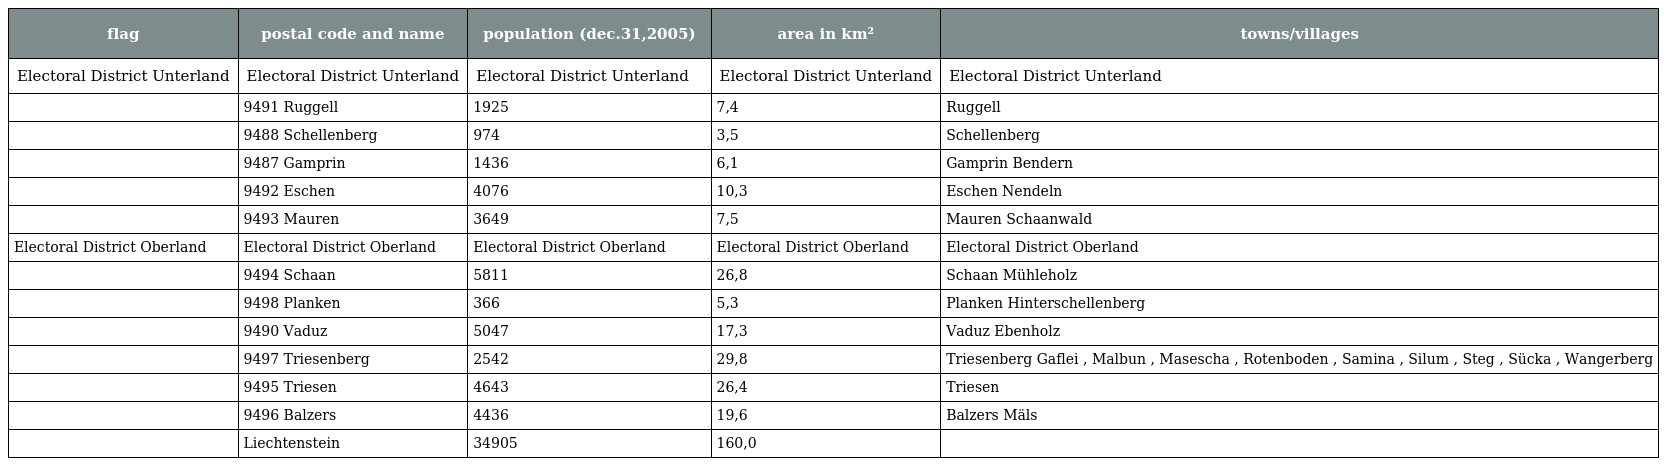
| flag | postal code and name | population (dec.31,2005) | area in km² | towns/villages |
 | --- | --- | --- | --- | --- |
 | Electoral District Unterland | Electoral District Unterland | Electoral District Unterland | Electoral District Unterland | Electoral District Unterland |
 |  | 9491 Ruggell | 1925 | 7,4 | Ruggell |
 |  | 9488 Schellenberg | 974 | 3,5 | Schellenberg |
 |  | 9487 Gamprin | 1436 | 6,1 | Gamprin Bendern |
 |  | 9492 Eschen | 4076 | 10,3 | Eschen Nendeln |
 |  | 9493 Mauren | 3649 | 7,5 | Mauren Schaanwald |
 | Electoral District Oberland | Electoral District Oberland | Electoral District Oberland | Electoral District Oberland | Electoral District Oberland |
 |  | 9494 Schaan | 5811 | 26,8 | Schaan Mühleholz |
 |  | 9498 Planken | 366 | 5,3 | Planken Hinterschellenberg |
 |  | 9490 Vaduz | 5047 | 17,3 | Vaduz Ebenholz |
 |  | 9497 Triesenberg | 2542 | 29,8 | Triesenberg Gaflei , Malbun , Masescha , Rotenboden , Samina , Silum , Steg , Sücka , Wangerberg |
 |  | 9495 Triesen | 4643 | 26,4 | Triesen |
 |  | 9496 Balzers | 4436 | 19,6 | Balzers Mäls |
 |  | Liechtenstein | 34905 | 160,0 |  |